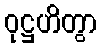
ဝုဋ္ဌဟိတွာ